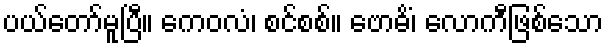
ပယ်တော်မူပြီ။ ကေဝလံ၊ စင်စစ်။ ဗောဓိံ၊ လောကီဖြစ်သော